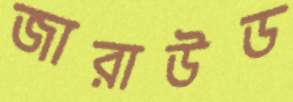
জারাউড